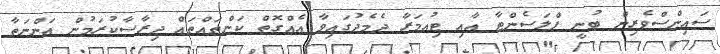
ސައިންސްވެރިން ބުނީ ޕްލަސެންޓާ އާއި ޓިއުމަރާ ދެމެދުގައިވާ އެއްގޮތް ކަންތައްތައް ދިރާސާކުރަމުން އަންނަތާ